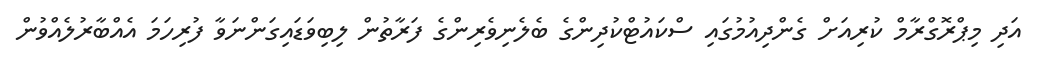
އަދި މިޕްރޮގްރާމް ކުރިއަށް ގެންދިއުމުގައި ސްކައުޓްކުދިންގެ ބެލެނިވެރިންގެ ފަރާތުން ލިބިވަޑައިގަންނަވާ ފުރިހަމަ އެއްބާރުލެއްވުން